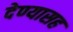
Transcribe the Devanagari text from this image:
देण्‍यासह